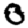
Digit: 0